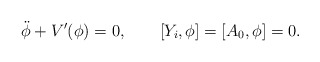
\begin{align*}\ddot{\phi}+V'(\phi)=0,\qquad [Y_i,\phi]=[A_0,\phi]=0.\end{align*}